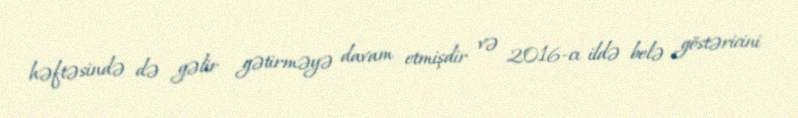
həftəsində də gəlir gətirməyə davam etmişdir və 2016-cı ildə belə göstəricini